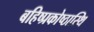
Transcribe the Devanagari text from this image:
बहिष्प्रकोष्ठास्थि